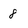
Character: 8